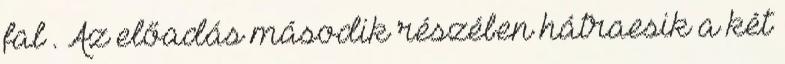
fal . Az előadás második részében hátraesik a két